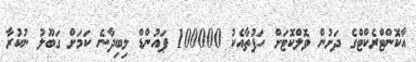
އާކޮންޓްރެކްޓްގެ ދަށުން ވޮލްކޮޓަށް ހަފުތާއެކު 100000 ޕައުންޑް ލިބިދާނެ ކަމަށް ގަބޫލު ނުކުރާ